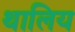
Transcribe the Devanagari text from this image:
थालिय